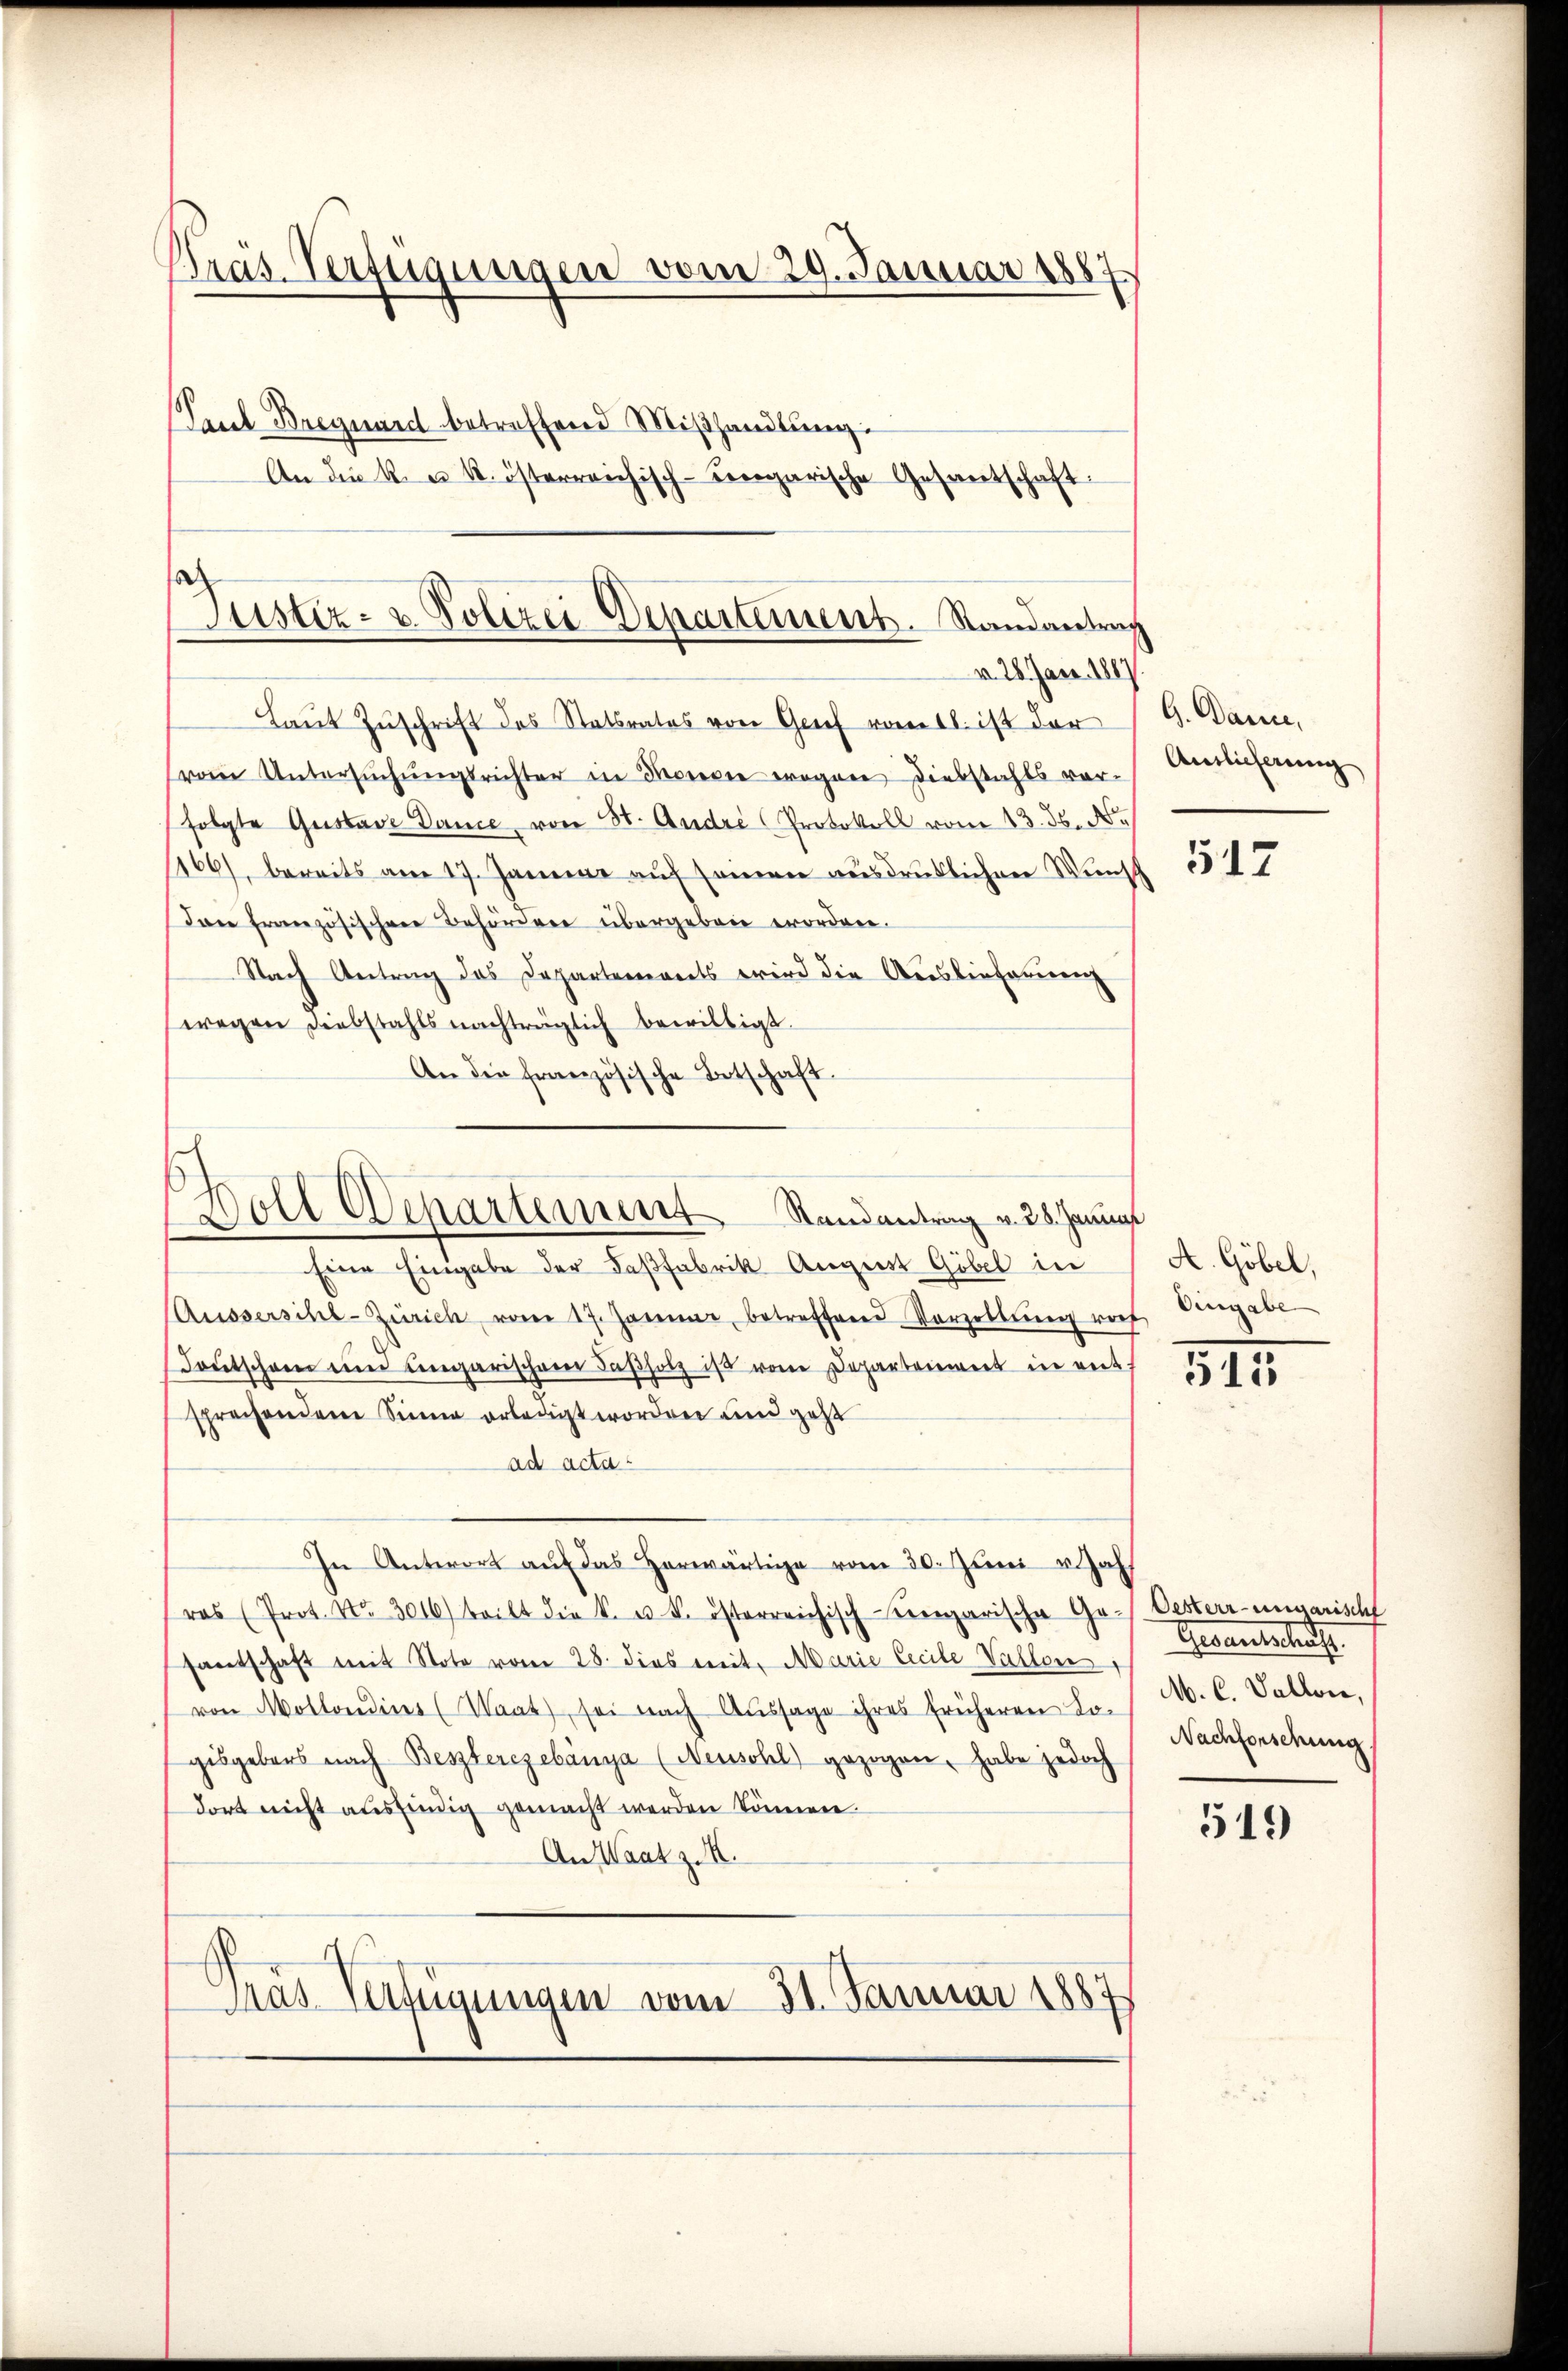
Pras. Verfügungen vom 29. Januar 1887
Pecel-Breguard betreffend Miβhandlung:
An die k. u. k. österreichisch-ungarische Gesantschaft

o
Justiz- u. Polizei Departement. Randantrag
v. 28. Jan. 1887

Laŭt Zŭschrift des Statsrates von Grief vom 16. ist der G. Danie,
(vom Untersŭchŭngsrichter in Moreie erogen Diebstahls vorfolgte Gustave Dance, von St. Andri Protokoll vom 13. ds. N
1166), bereits am 17. Januar auf seinen ausdrüklichen Wunsch
Dan französischen Behördere übergeben erordnen.
Nach Antrag das Departements wird die Auslieferenz
wegen Diebstahls nachträglich bewilligt.
An die französische Betschaft

Eine Eingabe der Fasfabrik August Göbel in
Aussersihl-Zürich vom 17. Janne, betreffend Vorzellŭng noch Eingabe
Foŭtschen im Ungarischen daβholz ist vom Departement in ents
sprechendem Sinne erledigt worden und geht
ad acta
In Antwort aŭf das herwärtige vom 30. Juni u. Jah
ras (Prot. Nr. 3016) teilt die k. u. k. österreichisch-ungarische Ge- Oesterr-ungarischf
santschaft mit Note vom 28. dies mit Marie Cecile Vallon,
von Mollondines (Waat), sei nach Aussage ihres früheren Logisgebens nach Besterezebánya (Neuschl) gezogen, habe jedoch
dort nicht ausfindig gemacht werden können.
An Waat z. B.
Mas Verfügungen vom 31. Januar 1887

oll Departement Randantrag v. 28. Janua

Auslieferung

517

A. Göbel,

5II

Gewanderlich
M. C. Vallon,
Nachforschung

519